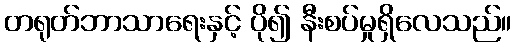
တရုတ်ဘာသာရေးနှင့် ပို၍ နီးစပ်မှုရှိလေသည်။